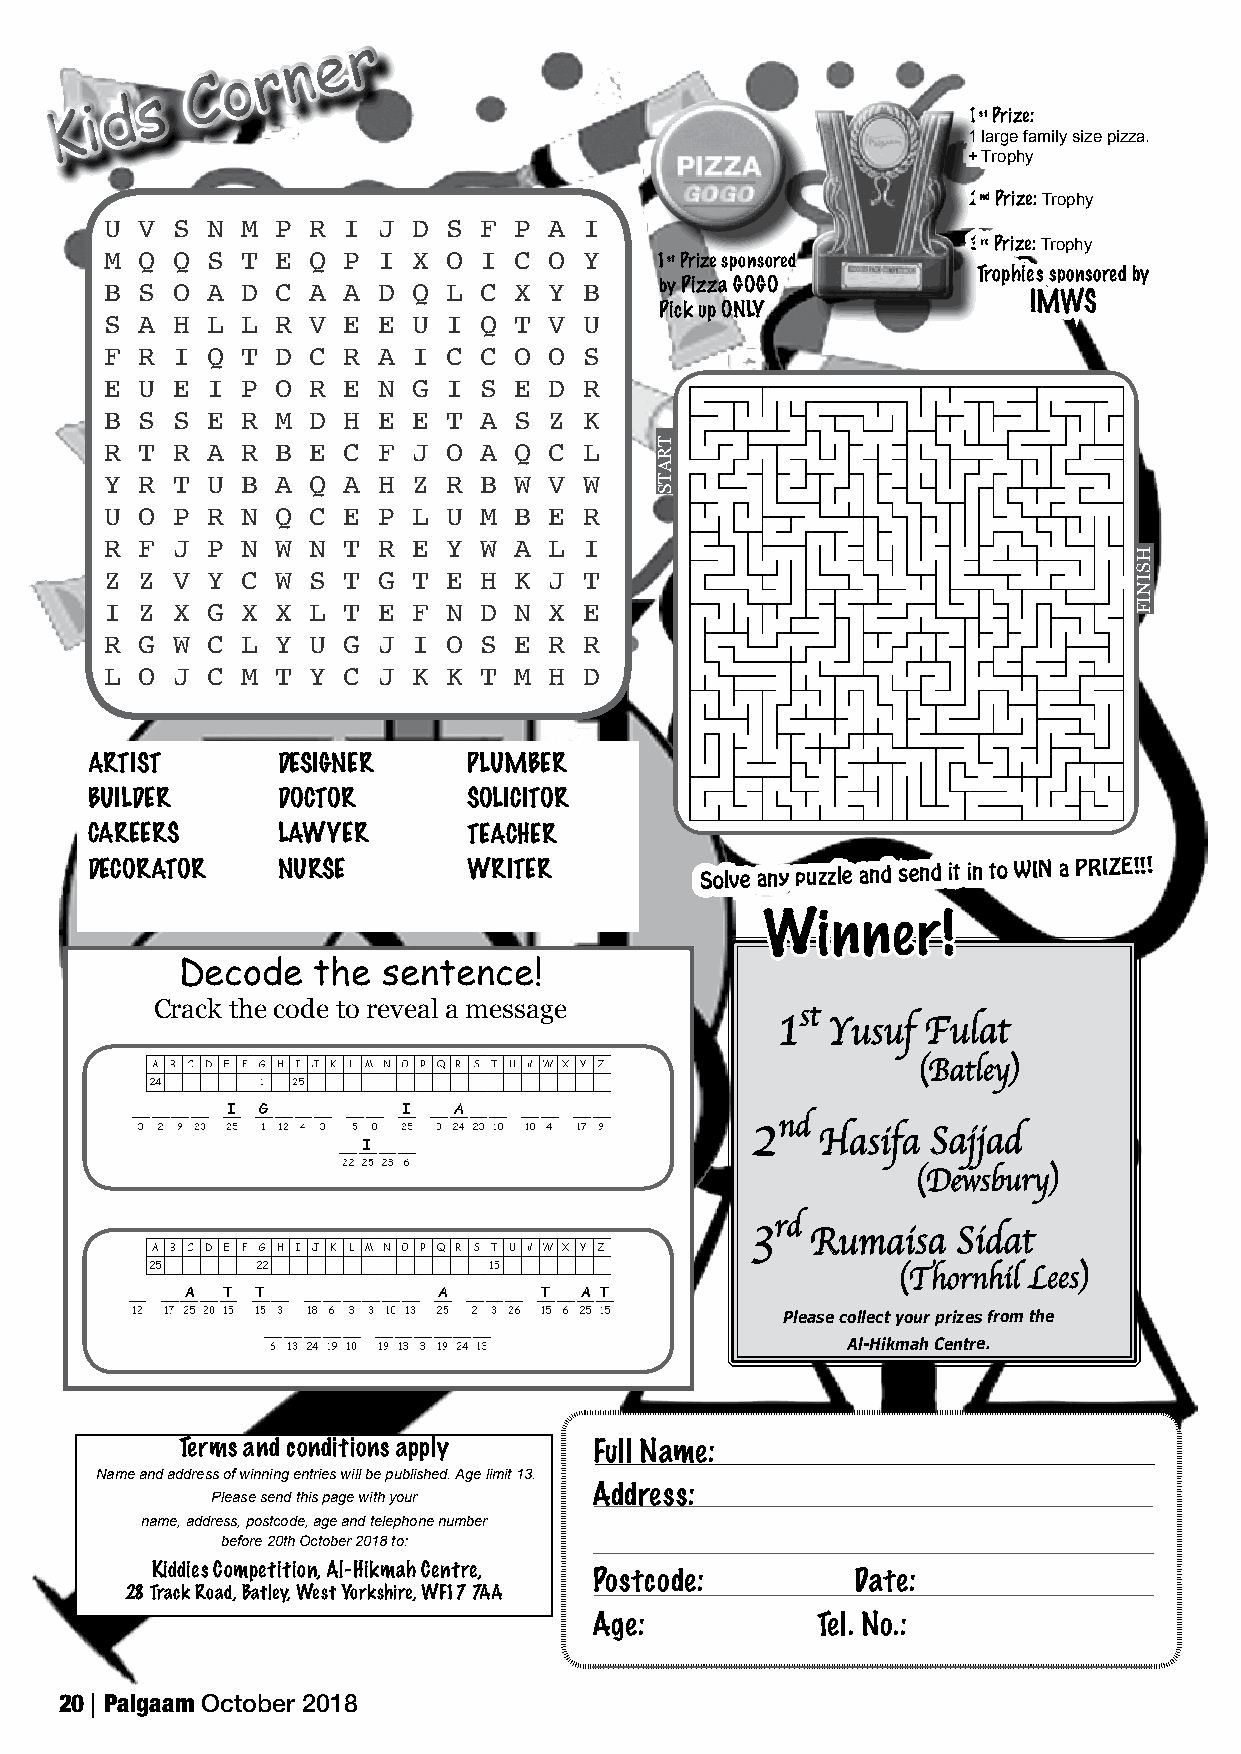
Word Search Puzzle                                                                                                  20/09/2018, 14*24
 Forgot username or password? Passcode/Create New User Help username   password
 r
 e
 n
 r
 o
 C                                                                                                                 Current Users Login Here
 s                           Solutions for Districts    Free Resources
 d
 K i                                                         1st Prize:
 What We Offer Who We Are  1 laTrgeea fcamhiely rssize pizzPa.arents Students
 + Trophy
 2nd Prize: Trophy
 U V S  N M P R  I J D  S F P A  I
 3rd Prize: Trophy
 M Q Q  S T E Q  P I X  O I C O  Y   1st Prize sponsored
 Trophies sponsored by
 B S O  A D C A  A D Q  L C X Y  B    by Pizza GOGO
 IMWS
 Pick up ONLY
 S A H  L L R V  E E U  I Q T V  U
 F R I  Q T D C  R A I  C C O O  S
 E U E  I P O R  E N G  I S E D  R
 B S S  E R M D  H E E  T A S Z  K
 R T R  A R B E  C F J  O A Q C  L
 Y R T  U B A Q  A H Z  R B W V  W
 U O P  R N Q C  E P L  U M B E  R
 R F J  P N W N  T R E  Y W A L  I
 Z Z V  Y C W S  T G T  E H K J  T
 I Z X  G X X L  T E F  N D N X  E
 R G W  C L Y U  G J I  O S E R  R
 L O J  C M T Y  C J K  K T M H  D
 ARTIST      DESIGNER     PLUMBER
 ARTIST
 BUBIULIDLEDRE R DOCTOR   SOLICITOR
 CAREERS
 CAREERS     LAWYER       TEACHER
 DECORATOR
 DEDCEOSRIGANTEORR NURSE  WRITER         Solve any puzzle and send it in to WIN a PRIZE!!!
 DOCTOR
 LAWYER
 Winner!
 NURSE
 PLUMBERDecode the sentence!
 SOLICITOR
 TEACHCErRack the code to reveal a message
 1st
 WRITER                                          Yusuf Fulat
 (Batley)
 Created by Puzzlemaker at Disncdo veryEducation.com
 2
 Hasifa  Sajjad
 (Dewsbury)
 rd
 3
 Rumaisa  Sidat
 (Thornhil Lees)
 Please collect your prizes from the
 Al-Hikmah Centre.
 Terms and conditions apply Full Name:
 Name and address of winning entries will be published. Age limit 13.
 Address:
 Please send this page with your
 name, address, postcode, age and telephone number
 before 20th October 2018 to:
 Kiddies Competition, Al-Hikmah Centre,
 Postcode:         Date:
 28 Track Road, Batley, West Yorkshire, WF17 7AA
 Age:           Tel. No.:
 20 Paigaam October 2018
 http://puzzlemaker.discoveryeducation.com/code/BuildWordSearch.asp                                                        Page 1 of 1
 TRATS
 HSINIF